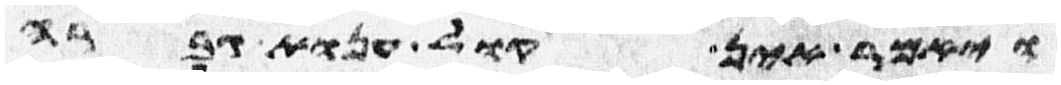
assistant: ויאמר אין קול ענות גברה